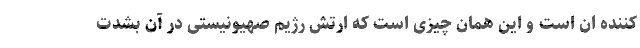
کننده ان است و این همان چیزی است که ارتش رژیم صهیونیستی در آن بشدت